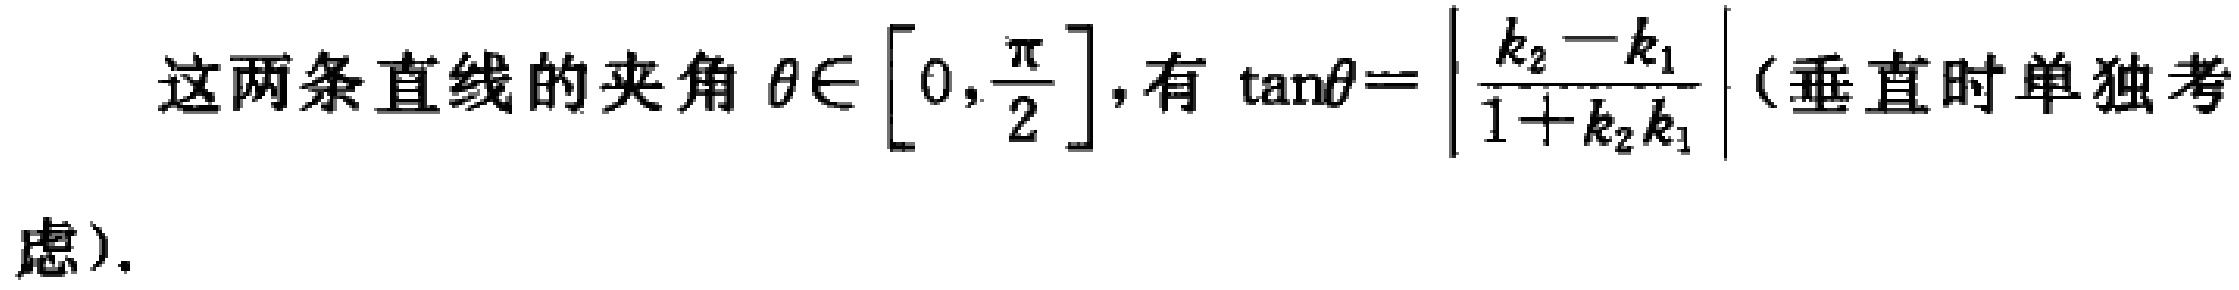
这两条直线的夹角 $\theta\in \left[0,\frac{\pi}{2}\right]$, 有 $\tan\theta=\left|\frac{k_{2}-k_{1}}{1 + k_{2}k_{1}}\right|$ (垂直时单独考虑).